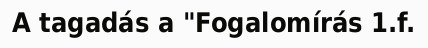
A tagadás a "Fogalomírás 1.f.